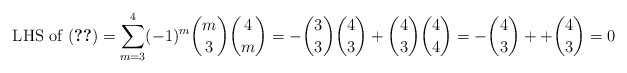
\begin{align*} \text{ LHS of (\ref{eqn:final})} = \sum_{m=3}^4 (-1)^m \binom{m}{3} \binom{4}{m} = - \binom{3}{3} \binom{4}{3} + \binom{4}{3} \binom{4}{4} = - \binom{4}{3} + + \binom{4}{3} = 0 \end{align*}